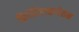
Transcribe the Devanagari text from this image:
क्रिस्टिलाइजेशन